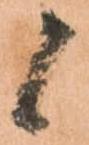
候